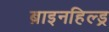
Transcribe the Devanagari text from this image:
ब्राइनहिल्ड्र